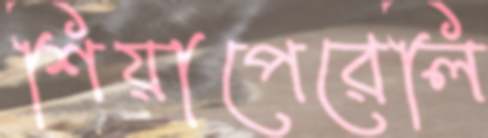
শিয়াপেরেলি